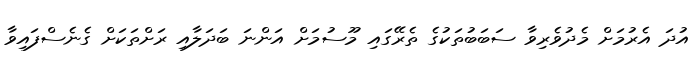
އުދަ އެރުމަށް މެދުވެރިވާ ސަބަބުތަކުގެ ތެރޭގައި މޫސުމަށް އަންނަ ބަދަލާއި ރަށްތަކަށް ގެނެސްފައިވާ